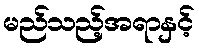
မည်သည့်အရာနှင့်